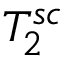
T _ { 2 } ^ { s c }